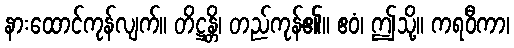
နားထောင်ကုန်လျက်။ တိဋ္ဌန္တိ၊ တည်ကုန်၏။ ဧဝံ၊ ဤသို့။ ကရဝီကာ၊